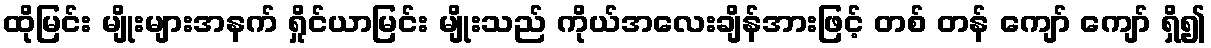
ထိုမြင်း မျိုးများအနက် ရှိုင်ယာမြင်း မျိုးသည် ကိုယ်အလေးချိန်အားဖြင့် တစ် တန် ကျော် ကျော် ရှိ၍